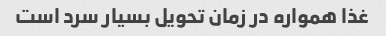
غذا همواره در زمان تحویل بسیار سرد است